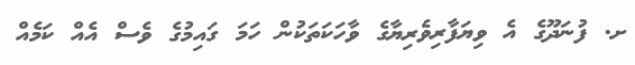
ށ. ފުނަދޫގެ އެ ވިޔަފާރިވެރިޔާގެ ވާހަކަތަކުން ހަމަ ގައިމުގެ ވެސް އެއް ކަމެއް